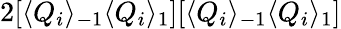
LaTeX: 2[\langle Q_{i}\rangle_{-1}\langle Q_{i}\rangle_{1}][\langle Q_{i}\rangle_{-1}\langle Q_{i}\rangle_{1}]